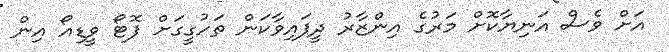
އަށް ވެސް އަނިޔާކޮށް މަރުގެ އިންޒާރު ދީފައިވާކަން ތަހުގީގަށް ފޮޓޯ ވީޑިއޯ އިން